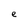
Character: e